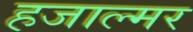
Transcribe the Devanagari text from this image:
हजाल्मर